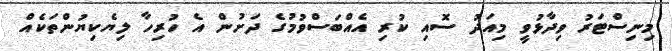
މިނިސްޓަރު ވިދާޅުވީ މިއަދު ސޮއި ކުރި އެއްބަސްވުމުގެ ދަށުން އެ ހުރިހާ ލިޔެކިޔުންތަކެއް